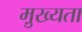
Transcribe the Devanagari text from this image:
मु़ख्यता